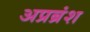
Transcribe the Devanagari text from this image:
अप्रब्रंश